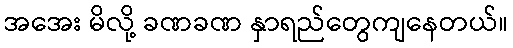
အအေး မိလို့ ခဏခဏ နှာရည်တွေကျနေတယ်။